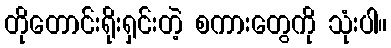
တိုတောင်းရိုးရှင်းတဲ့ စကားတွေကို သုံးပါ။